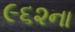
૯૬૨ના